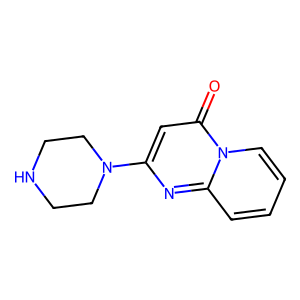
SMILES: O=c1cc(N2CCNCC2)nc2ccccn12
Inhibits HIV replication: No